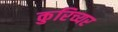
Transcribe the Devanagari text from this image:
कुरिच्यर